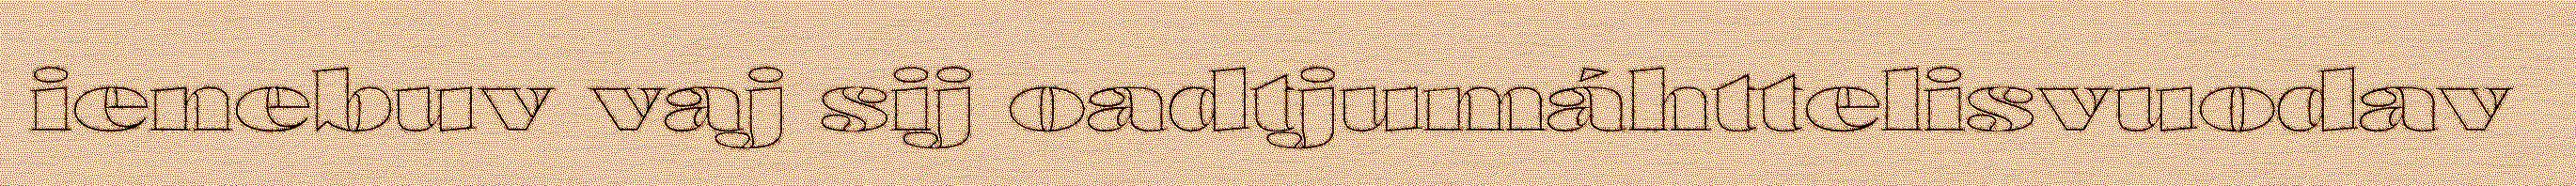
ienebuv vaj sij oadtjumáhttelisvuodav